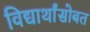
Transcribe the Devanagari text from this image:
विद्यार्थांसोबत